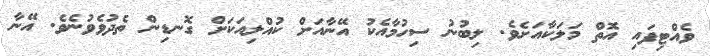
ވެއްޓިފައި އޮތް މަލަކާއަށެވެ. ލިބުނު ސިހުމާއެކު އޭނާއަށް ކުއްލިއަކަށް ގޮނޑިން ތެދުވެވުނެވެ. އޭނާ